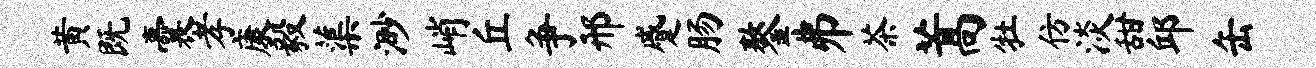
黄既囊孝康毅蕖渺峭丘争邢蹙肠鏊井茶蒿牡仿淡甜邱缶